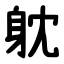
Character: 躭